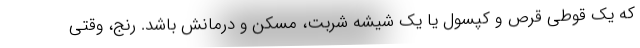
كه يك قوطي قرص و كپسول يا يك شيشه شربت، مسكن و درمانش باشد. رنج، وقتي